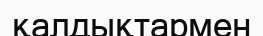
қалдықтармен